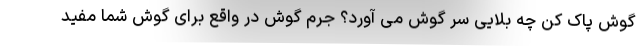
گوش پاک کن چه بلایی سر گوش می آورد؟ جرم گوش در واقع برای گوش شما مفید